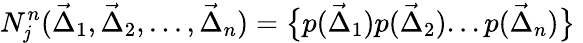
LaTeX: N_{\mathit{j}}^{n}(\vec{{\Delta}}_{1},\vec{{\Delta}}_{2},...,\vec{{\Delta}}_{n})=\bigl\{ p(\vec{{\Delta}}_{1})p(\vec{{\Delta}}_{2})...p(\vec{{\Delta}}_{n})\bigr\} \;